Indian journal of veterinary science and animal husbandry - Volumes 26-27, 1956-1957
Year: 1956
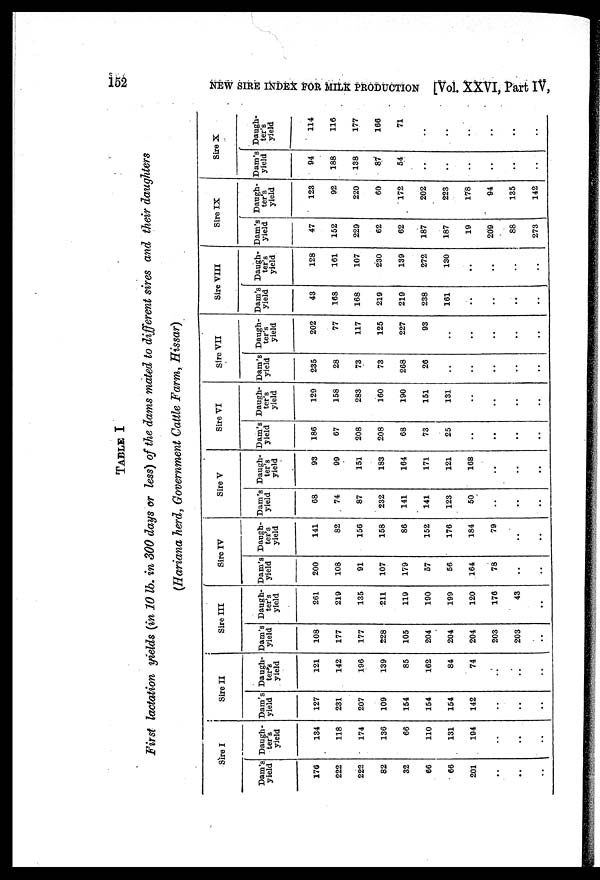
152
NEW SIRE INDEX FOR MILK PRODUCTION [Vol. XXVI, Part IV,
TABLE I
First lactation yields (in 10 lb. in 300 days or less) of the dams mated to different sires and their daughters
(Hariana herd, Government Cattle Farm, Hissar)
Sire I
Dam's
yield
176
222
222
82
32
66
66
201
..
..
..
Daugh-
ter's
yield
134
118
174
136
66
110
131
194
..
..
..
Sire II
Dam's
yield
127
231
207
109
154
154
154
142
..
..
..
Daugh-
ter's
yield
121
142
196
139
85
162
84
74
..
..
..
Sire III
Dam's
yield
108
177
177
228
105
204
204
204
203
203
..
Daugh-
ter's
yield
261
219
135
211
119
190
199
120
176
43
..
Sire IV
Dam's
yield
200
108
91
107
179
57
56
164
78
..
..
Daugh-
ter's
yield
141
82
156
158
86
152
176
184
79
..
..
Sire V
Dam's
yield
68
74
87
232
141
141
123
50
..
..
..
Daugh-
ter's
yield
93
99
151
183
164
171
121
168
..
..
..
Sire VI
Dam's
yield
186
67
208
208
68
73
25
..
..
..
..
Daugh-
ter's
yield
129
158
283
160
190
151
131
..
..
..
..
Sire VII
Dam's
yield
235
28
73
73
268
26
..
..
..
..
..
Daugh-
ter's
yield
202
77
117
125
227
93
..
..
..
..
..
Sire VIII
Dam's
yield
43
168
168
219
219
238
161
..
..
..
..
Daugh-
ter's
yield
128
161
107
230
139
272
130
..
..
..
..
Sire IX
Dam's
yield
47
152
229
62
62
187
187
19
209
88
273
Daugh-
ter's
yield
123
92
220
60
172
202
223
178
94
135
142
Sire X
Dam's
yield
94
188
138
87
54
..
..
..
..
..
..
Daugh-
ter's
yield
114
116
177
166
71
..
..
..
..
..
..